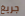
جريغ